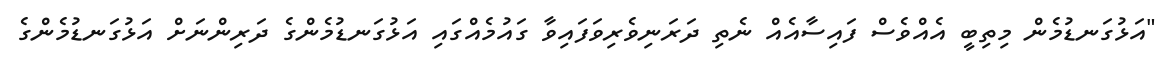
"އަޅުގަނޑުމެން މިތިބީ އެއްވެސް ފައިސާއެއް ނެތި ދަރަނިވެރިވަފައިވާ ގައުމެއްގައި އަޅުގަނޑުމެންގެ ދަރިންނަށް އަޅުގަނޑުމެންގެ